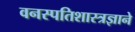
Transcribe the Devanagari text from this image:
वनस्पतिशास्त्रज्ञाने